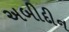
અબીદીન